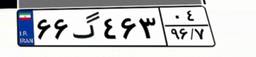
۶۶گ۴۶۳۰۴